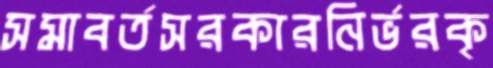
সমাবর্তসরকারনির্ভরকৃ